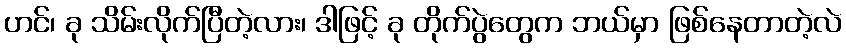
ဟင်၊ ခု သိမ်းလိုက်ပြီတဲ့လား၊ ဒါဖြင့် ခု တိုက်ပွဲတွေက ဘယ်မှာ ဖြစ်နေတာတဲ့လဲ